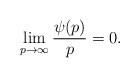
\begin{align*} \lim_{p \to \infty} \frac{\psi(p)}{p} = 0.\end{align*}